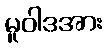
မူဝါဒအား